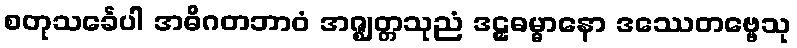
စတုသင်္ခေပါ အဓိဂတဘာဝံ အဇ္ဈတ္တသုညံ ဒဠှဓမ္မာနော ဒဿေတဗ္ဗေသု